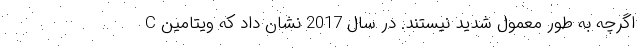
اگرچه به طور معمول شدید نیستند. در سال 2017 نشان داد که ویتامین C